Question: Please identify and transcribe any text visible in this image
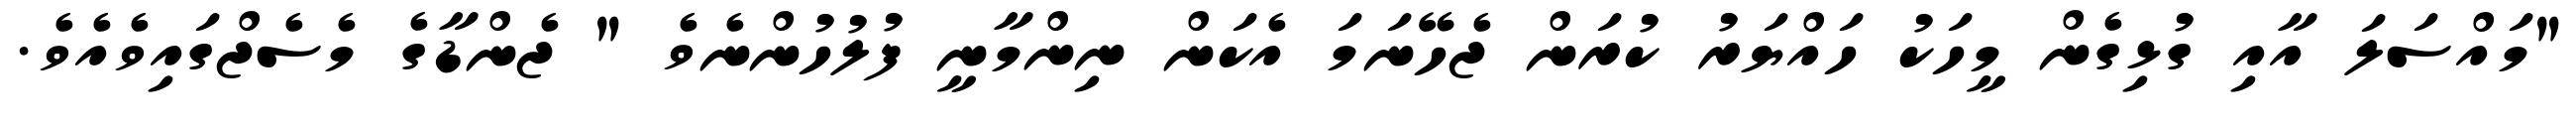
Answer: "މައްސަލަ އާއި ގުޅިގެން މީހަކު ހައްޔަރު ކުރަން ޖެހޭނަމަ އެކަން ނިންމާނީ ފުލުހުންނެވެ " ޖެންޑާގެ މެސެޖްގައިވެއެވެ.